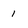
Character: 1